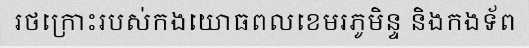
រថក្រោះរបស់កងយោធពលខេមរភូមិន្ទ និងកងទ័ព